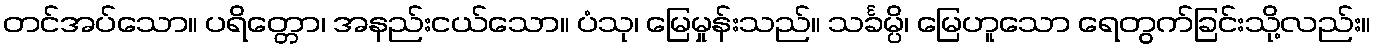
တင်အပ်သော။ ပရိတ္တော၊ အနည်းငယ်သော။ ပံသု၊ မြေမှုန်းသည်။ သင်္ခမ္ပိ၊ မြေဟူသော ရေတွက်ခြင်းသို့လည်း။